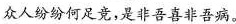
众人纷纷何足竟，是非吾喜非吾病。